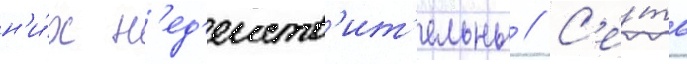
н'и́х н'ед'еиств'ит'ельны // С'е́ть